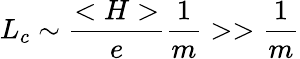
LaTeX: L_{c}\sim{\frac{<H>}{e}}{\frac{1}{m}}>>{\frac{1}{m}}